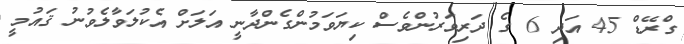
ގްރޭޑް 45 އަދި 6 ގެ ދަރިވަރުންވެސް ކިޔަވަމުންގެންދާނީ އަލަށް އެކުލަވާލެވުނު ޤައުމީ